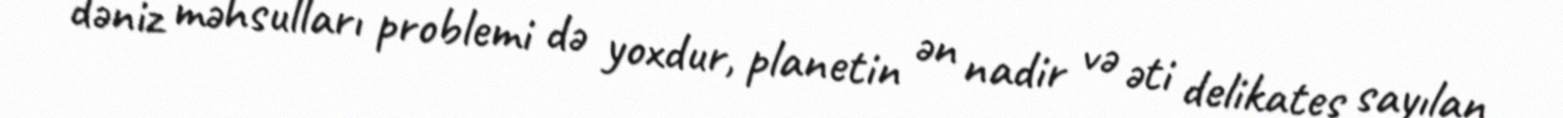
dəniz məhsulları problemi də yoxdur, planetin ən nadir və əti delikates sayılan